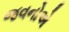
જવનોએ